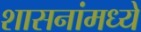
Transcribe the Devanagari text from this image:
शासनांमध्ये